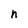
Character: n